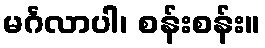
မင်္ဂလာပါ၊ စန်းစန်း။